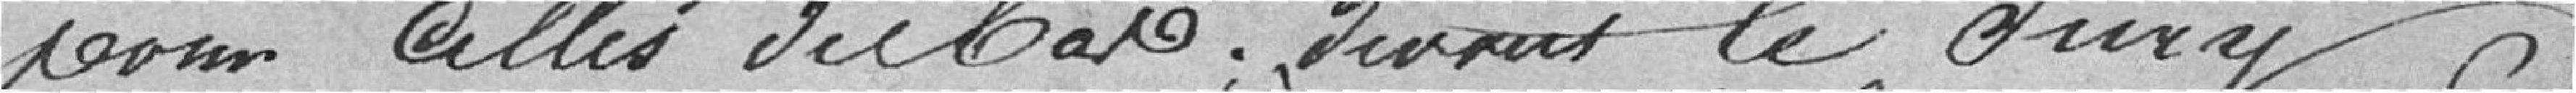
pour celles du bas. le Jury